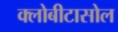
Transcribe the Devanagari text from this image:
क्लोबीटासोल